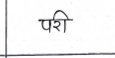
मजकूर: परी